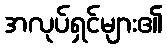
အလုပ်ရှင်များ၏